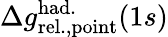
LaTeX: \Delta{g}_{\mathrm{rel.,point}}^{\mathrm{had.}}(1s)